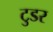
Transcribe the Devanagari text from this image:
टुडर